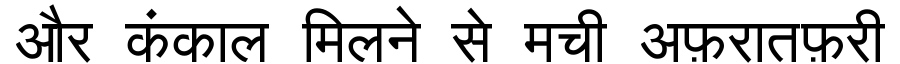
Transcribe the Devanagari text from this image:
और कंकाल मिलने से मची अफ़रातफ़री